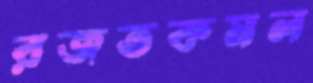
রজতকমল